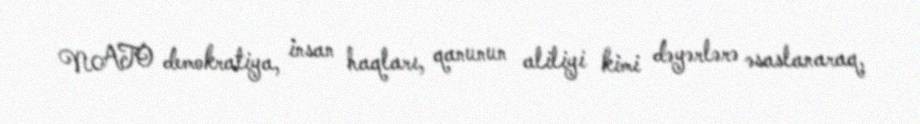
NATO demokratiya, insan haqları, qanunun aliliyi kimi dəyərlərə əsaslanaraq,